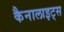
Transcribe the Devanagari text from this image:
कैनालाइट्स